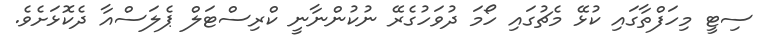
ސިޓީ މިހަފްތާގައި ކުޅޭ މެޗުގައި ހޯމަ ދުވަހުގެރޭ ނުކުންނާނީ ކްރިސްޓަލް ޕެލަސްއާ ދެކޮޅަށެވެ.